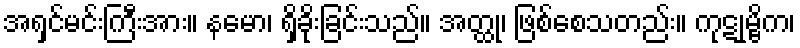
အရှင်မင်းကြီးအား။ နမော၊ ရှိခိုးခြင်းသည်။ အတ္ထု၊ ဖြစ်စေသတည်း။ ကုဋုမ္ဗိက၊